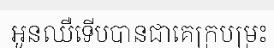
អូនឈឺទើបបានជាគេក្របម្រះ